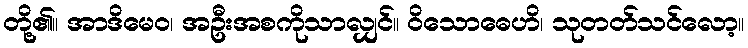
တို့၏။ အာဒိမေဝ၊ အဦးအစကိုသာလျှင်။ ဝိသောဓေဟိ၊ သုတတ်သင်လော့။